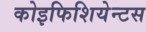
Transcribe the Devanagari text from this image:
कोइफिशियेन्‍टस